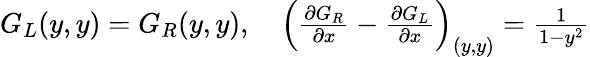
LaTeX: \begin{array}{r}{G_{L}(y,y)=G_{R}(y,y),\quad\left(\frac{\partial G_{R}}{\partial x}-\frac{\partial G_{L}}{\partial x}\right)_{(y,y)}=\frac{1}{1-y^{2}}}\end{array}